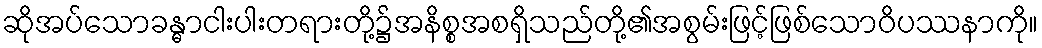
ဆိုအပ်သောခန္ဓာငါးပါးတရားတို့၌အနိစ္စအစရှိသည်တို့၏အစွမ်းဖြင့်ဖြစ်သောဝိပဿနာကို။